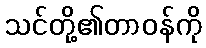
သင်တို့၏တာဝန်ကို